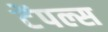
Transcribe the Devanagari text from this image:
टेंपल्स